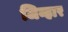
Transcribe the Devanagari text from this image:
जिव्हार